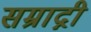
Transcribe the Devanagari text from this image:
सम्राद्नी